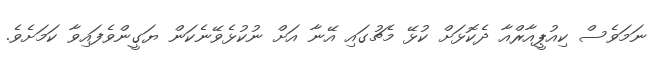
ނަމަވެސް ކިއުޕީއާރްއާ ދެކޮޅަށް ކުޅޭ މެޗުގައި އޭނާ އަށް ނުކުޅެވޭނެކަން ޔަގީންވެފައިވާ ކަމަށެވެ.